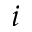
i